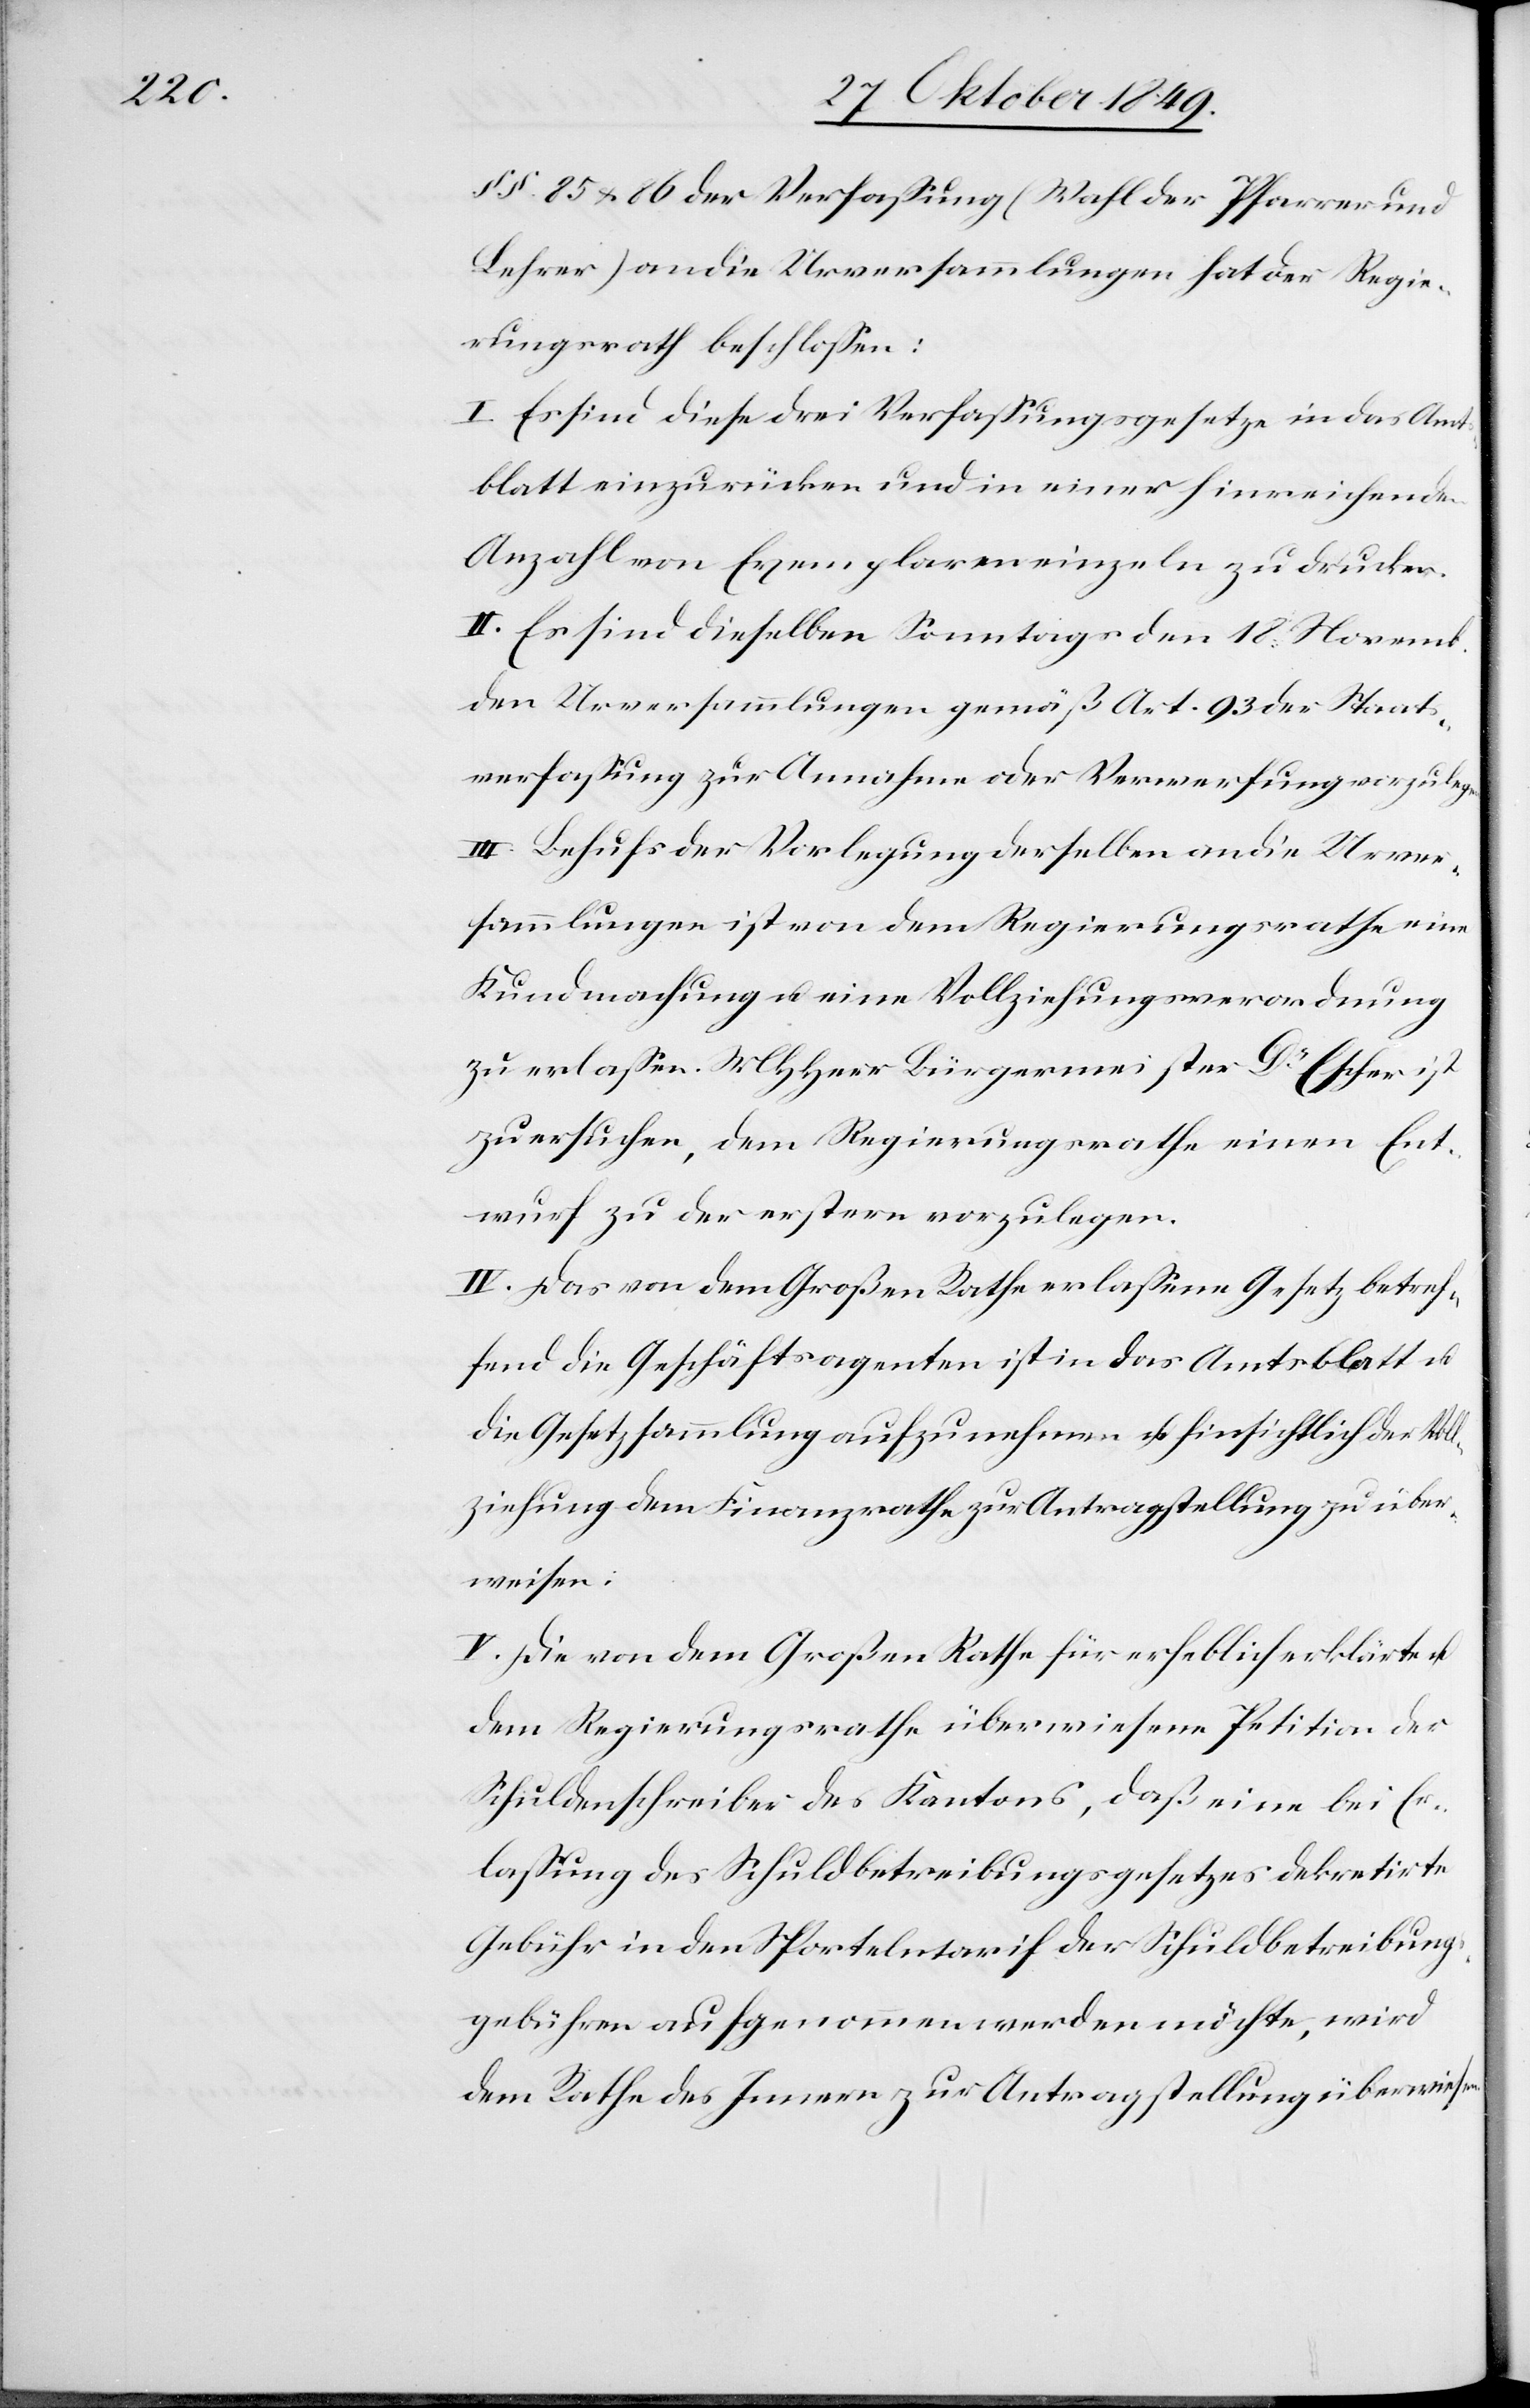
gen.

§§ 85 u. 86 der Verfaßung (Wahl der Pfarrer und
Lehrer) an die Urversammlungen hat der Regie¬
rungsrath beschloßen:
I. Es sind diese drei Verfaßungesetze in das Amt¬
sblatt einzurücken und in einer hinreichenden
Anzahl von Exemplaren einzeln zu drucken.
II. Es sind dieselben Sonntags den 18 Novemb.
den Urversammlungen gemäß Art. 93 der Staat¬
sverfaßung zur Annahme oder Verwerfung vorzule¬
III. Behufs der Vorlegung derselben an die Urver¬
sammlungen ist von dem Regierungsrathe eine
Kundmachung u. eine Vollziehungsverordnung
zu erlaßen. MHHerr Bürgermeister Dr Escher ist
zu ersuchen, dem Regierungsrathe einen Ent¬
wurf zu der erstern vorzulegen.
IV. Das von dem Großen Rathe erlaßene Gesetz betref¬
ffend die Geschäftsagenten ist in das Amtsblatt u.
die Gesetzessammlung aufzunehmen u. hinsichtlich der Voll¬
ziehung dem Finanzrathe zur Antragstellung zu über¬
weisen:
V. Die von dem Großen Rathe für erheblich erklärte u.
dem Regierungsrathe überwiesene Petition der
Schuldenschreiber des Kantons, daß eine bei Er¬
laßung des Schuldenbetreibungsgesetzes dekretirte
Gebühr in den Sportelntarif der Schuldbetreibungs¬
gebühren aufgenommen werden möchte, wird
dem Rathe des Innern zur Antragstellung überwiesen.